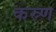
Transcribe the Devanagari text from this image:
कस्र्ण